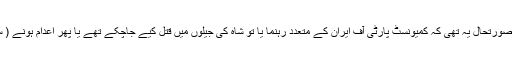
1930کی دہائی کے آغاز میں صورتحال یہ تھی کہ کمیونسٹ پارٹی آف ایران کے متعدد رہنما یا تو شاہ کی جیلوں میں قتل کیے جاچکے تھے یا پھر اعدام ہونے ( سزائے موت) کے منتظر تھے ۔